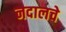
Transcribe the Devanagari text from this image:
नदालचे